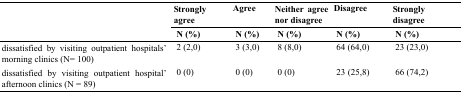
<table><thead><tr><td rowspan="3"></td><td><b>Strongly agree</b></td><td><b>Agree</b></td><td><b>Neither agree nor disagree</b></td><td><b>Disagree</b></td><td><b>Strongly disagree</b></td></tr><tr><td><b>N (%)</b></td><td><b>N (%)</b></td><td><b>N (%)</b></td><td><b>N (%)</b></td><td><b>N (%)</b></td></tr></thead><tbody><tr><td>dissatisfied by visiting outpatient hospitals’ morning clinics (N= 100)</td><td>2 (2,0)</td><td>3 (3,0)</td><td>8 (8,0)</td><td>64 (64,0)</td><td>23 (23,0)</td></tr><tr><td>dissatisfied by visiting outpatient hospital’ afternoon clinics (N = 89)</td><td>0 (0)</td><td>0 (0)</td><td>0 (0)</td><td>23 (25,8)</td><td>66 (74,2)</td></tr></tbody></table>